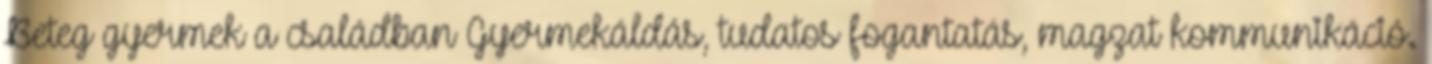
Beteg gyermek a családban Gyermekáldás, tudatos fogantatás, magzat kommunikáció.